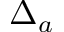
\Delta _ { a }